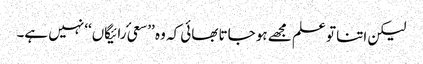
لیکن اتنا تو علم مجھے ہو جاتا بھائی کہ وہ ’’سعیٔ رائیگاں‘‘ نہیں ہے۔